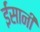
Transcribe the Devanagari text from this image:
ईंसानी